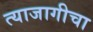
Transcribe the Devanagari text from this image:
त्याजागीचा